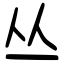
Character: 丛